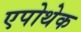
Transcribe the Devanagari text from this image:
एपोथेक